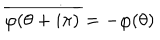
\overline { { { \varphi ( \theta + i \pi ) } } } = - \varphi ( \theta )